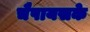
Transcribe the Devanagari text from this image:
चैपायसके